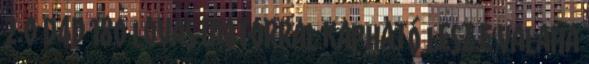
2.0 D4D 180 lovas motorral kapható lesz e valaha